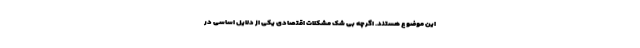
این موضوع هستند. اگرچه بی شک مشکلات اقتصادی یکی از دلایل اساسی در